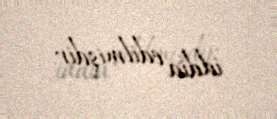
iddia edilmişdir.